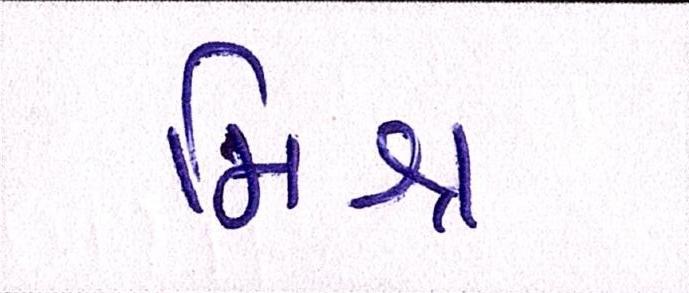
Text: મિશ્ર